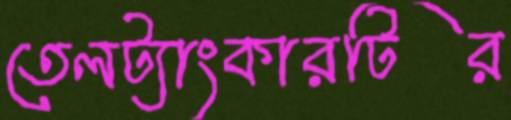
তেলট্যাংকারটির